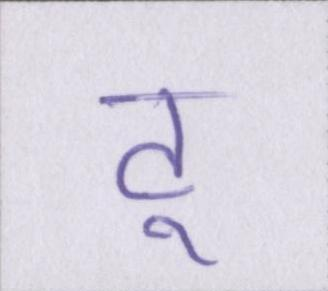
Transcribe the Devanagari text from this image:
टू